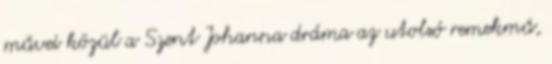
művei közül a Szent Johanna dráma az utolsó remekmű,